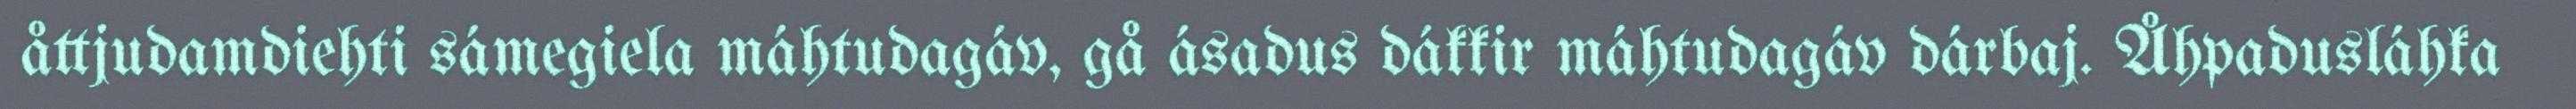
åttjudamdiehti sámegiela máhtudagáv, gå ásadus dákkir máhtudagáv dárbaj. Åhpadusláhka